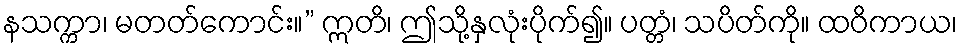
နသက္ကာ၊ မတတ်ကောင်း။” ဣတိ၊ ဤသို့နှလုံးပိုက်၍။ ပတ္တံ၊ သပိတ်ကို။ ထဝိကာယ၊